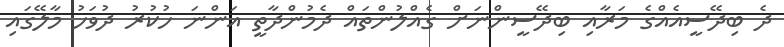
ދެ ބިދޭސީއެއްގެ މަރާއި ބިދޭސީންނަށް ގެއްލުންތައް ދެމުންދާތީ އަންނަ ހުކުރު ދުވަހު މާލޭގައި